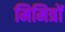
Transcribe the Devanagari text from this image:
मिमित्रों